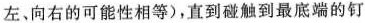
左、向右的可能性相等)，直到碰触到最底端的钉